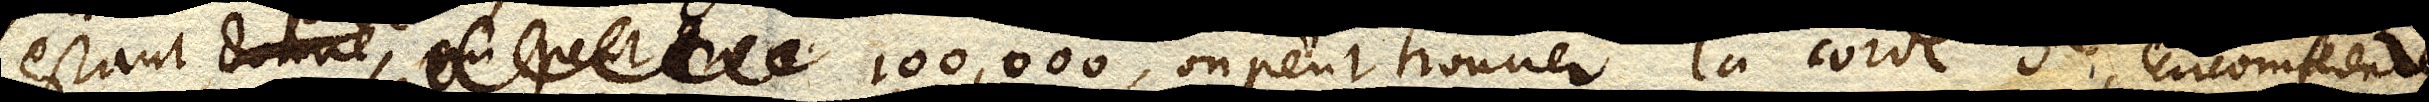
estant donné, on peut trou 100,000, on peut trouuer la corde de circomference